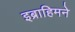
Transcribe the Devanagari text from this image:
इब्राहिमने